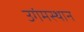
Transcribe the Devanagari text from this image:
उगंमस्थान